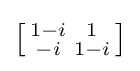
\left[{\begin{smallmatrix}1-i&1\\-i&1-i\end{smallmatrix}}\right]